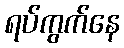
ရပ်ကွက်နေ